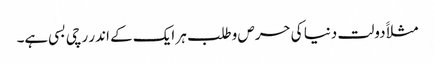
مثلاََ دولت دنیا کی حرص وطلب ہر ایک کے اندر رچی بسی ہے۔